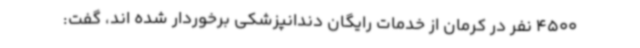
4500 نفر در کرمان از خدمات رایگان دندانپزشکی برخوردار شده اند، گفت: